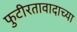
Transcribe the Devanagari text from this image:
फुटीरतावादाच्या